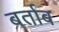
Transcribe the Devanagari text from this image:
बर्ताब